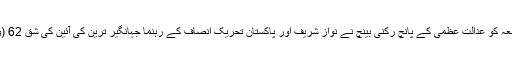
جمعہ کو عدالت عظمیٰ کے پانچ رکنی بینچ نے نواز شریف اور پاکستان تحریک انصاف کے رہنما جہانگیر ترین کی آئین کی شق 62 (ون۔